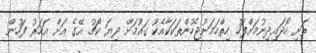
ތަށި ހޯދައިދިނުމަށްފަހު ހިތްހަމަނުޖެހުންތަކަކާއެކު ގައުމަށް ދިޔަ ކޯޗު އޭގެ އަށް އަހަރު ފަހުން